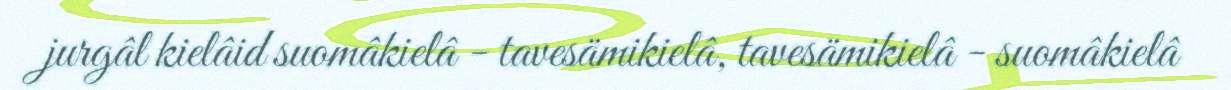
jurgâl kielâid suomâkielâ - tavesämikielâ, tavesämikielâ - suomâkielâ